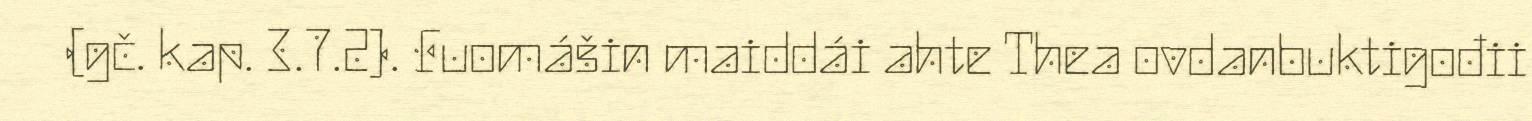
(gč. kap. 3.7.2). Fuomášin maiddái ahte Thea ovdanbuktigođii